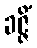
ခဇ္ဇိံ